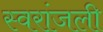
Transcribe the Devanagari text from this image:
स्वरांजली